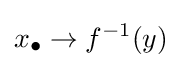
x_{\bullet }\to f^{-1}(y)